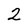
Character: 2